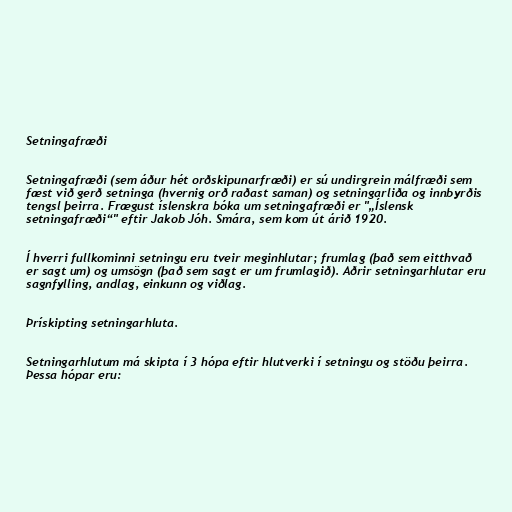
Setningafræði

Setningafræði (sem áður hét orðskipunarfræði) er sú undirgrein málfræði sem
fæst við gerð setninga (hvernig orð raðast saman) og setningarliða og innbyrðis
tengsl þeirra. Frægust íslenskra bóka um setningafræði er "„Íslensk
setningafræði“" eftir Jakob Jóh. Smára, sem kom út árið 1920.

Í hverri fullkominni setningu eru tveir meginhlutar; frumlag (það sem eitthvað
er sagt um) og umsögn (það sem sagt er um frumlagið). Aðrir setningarhlutar eru
sagnfylling, andlag, einkunn og viðlag.

Þrískipting setningarhluta.

Setningarhlutum má skipta í 3 hópa eftir hlutverki í setningu og stöðu þeirra.
Þessa hópar eru: